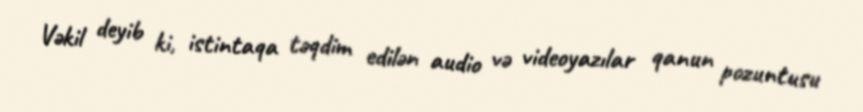
Vəkil deyib ki, istintaqa təqdim edilən audio və videoyazılar qanun pozuntusu